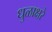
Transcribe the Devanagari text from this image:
धुळाक्षरे